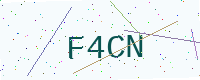
Text: F4CN